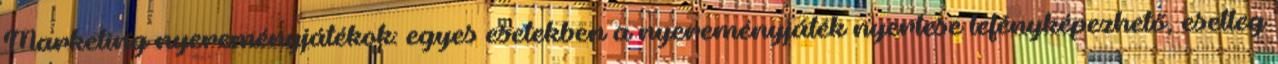
Marketing nyereményjátékok: egyes esetekben a nyereményjáték nyertese lefényképezhető, esetleg